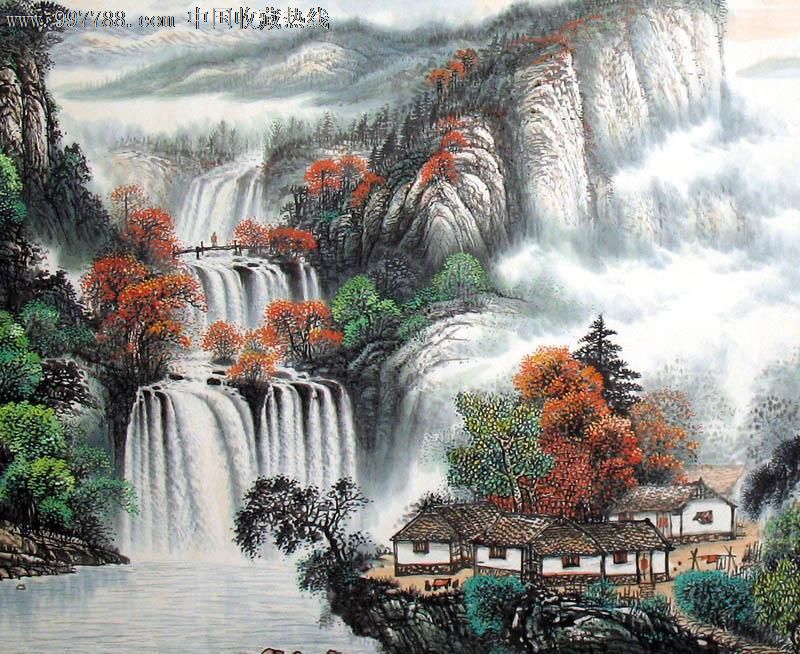
竹疏虚槛静，松密醮坛阴。